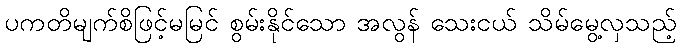
ပကတိမျက်စိဖြင့်မမြင် စွမ်းနိုင်သော အလွန် သေးငယ် သိမ်မွေ့လှသည့်